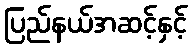
ပြည်နယ်အဆင့်နှင့်